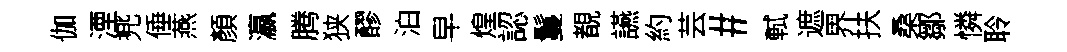
伽湮兠倕燕顏瀛腾狭醪泊早煌認鬘覩讌約芸#軾遮界扶桑鄒憐聆